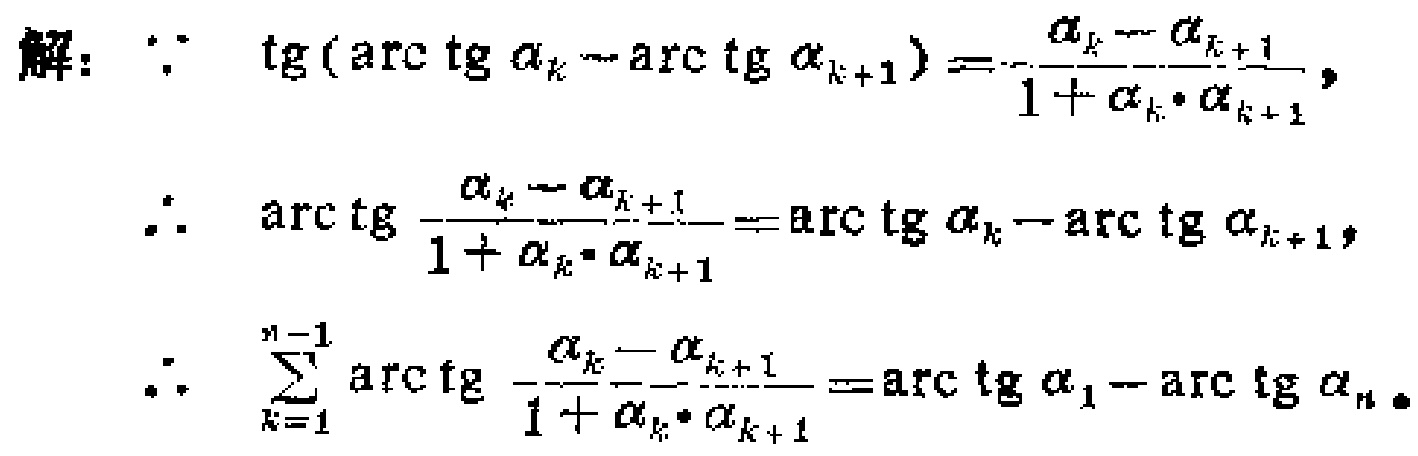
解：\(\because \mathrm{tg}(\mathrm{arc}\,\mathrm{tg}\, \alpha_{k}-\mathrm{arc}\,\mathrm{tg}\, \alpha_{k + 1})=\frac{\alpha_{k}-\alpha_{k + 1}}{1+\alpha_{k}\cdot\alpha_{k + 1}}\)，
\(\therefore \mathrm{arc}\,\mathrm{tg}\,\frac{\alpha_{k}-\alpha_{k + 1}}{1+\alpha_{k}\cdot\alpha_{k + 1}}=\mathrm{arc}\,\mathrm{tg}\, \alpha_{k}-\mathrm{arc}\,\mathrm{tg}\, \alpha_{k + 1}\)，
\(\therefore \sum_{k = 1}^{n - 1}\mathrm{arc}\,\mathrm{tg}\,\frac{\alpha_{k}-\alpha_{k + 1}}{1+\alpha_{k}\cdot\alpha_{k + 1}}=\mathrm{arc}\,\mathrm{tg}\, \alpha_{1}-\mathrm{arc}\,\mathrm{tg}\, \alpha_{n}\)。